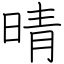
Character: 晴